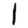
Digit: 1